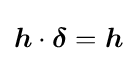
{\boldsymbol {h}}\cdot {\boldsymbol {\delta }}={\boldsymbol {h}}